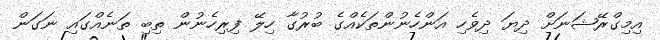
އިމިގްރޭޝަނަށް ދިޔަ ދިވެހި އަންހެނުންތަކެއްގެ ބުރުގާ ހިލޭ ފިރިހެނުން ތިބި ތަނެއްގައި ނަގަން